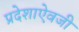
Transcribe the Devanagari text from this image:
प्रदेशाऐवजी